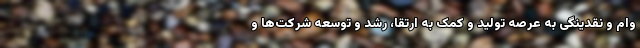
وام و نقدینگی به عرصه تولید و کمک به ارتقا، رشد و توسعه شرکت‌ها و